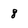
Character: 8